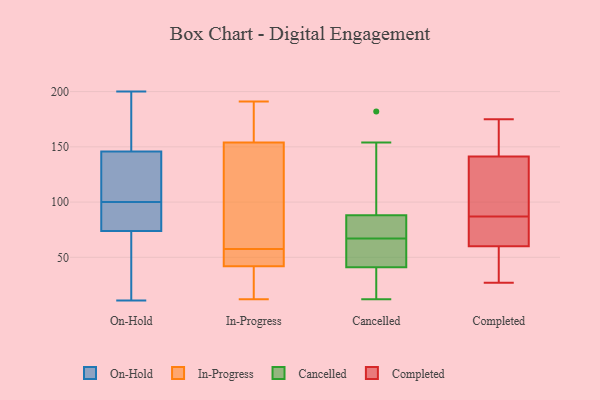
{"axis": {"x": "Humidity (%)", "y": "Value"}, "legend": ["Cancelled", "Completed", "In-Progress", "On-Hold"], "data": [{"x": "", "y": 78, "type": "On-Hold"}, {"x": "", "y": 61, "type": "On-Hold"}, {"x": "", "y": 142, "type": "On-Hold"}, {"x": "", "y": 11, "type": "On-Hold"}, {"x": "", "y": 126, "type": "On-Hold"}, {"x": "", "y": 139, "type": "On-Hold"}, {"x": "", "y": 195, "type": "On-Hold"}, {"x": "", "y": 27, "type": "On-Hold"}, {"x": "", "y": 92, "type": "On-Hold"}, {"x": "", "y": 157, "type": "On-Hold"}, {"x": "", "y": 14, "type": "On-Hold"}, {"x": "", "y": 176, "type": "On-Hold"}, {"x": "", "y": 82, "type": "On-Hold"}, {"x": "", "y": 100, "type": "On-Hold"}, {"x": "", "y": 87, "type": "On-Hold"}, {"x": "", "y": 200, "type": "On-Hold"}, {"x": "", "y": 108, "type": "On-Hold"}, {"x": "", "y": 53, "type": "In-Progress"}, {"x": "", "y": 62, "type": "In-Progress"}, {"x": "", "y": 154, "type": "In-Progress"}, {"x": "", "y": 91, "type": "In-Progress"}, {"x": "", "y": 12, "type": "In-Progress"}, {"x": "", "y": 45, "type": "In-Progress"}, {"x": "", "y": 30, "type": "In-Progress"}, {"x": "", "y": 191, "type": "In-Progress"}, {"x": "", "y": 29, "type": "In-Progress"}, {"x": "", "y": 42, "type": "In-Progress"}, {"x": "", "y": 185, "type": "In-Progress"}, {"x": "", "y": 50, "type": "In-Progress"}, {"x": "", "y": 113, "type": "In-Progress"}, {"x": "", "y": 165, "type": "In-Progress"}, {"x": "", "y": 41, "type": "Cancelled"}, {"x": "", "y": 182, "type": "Cancelled"}, {"x": "", "y": 88, "type": "Cancelled"}, {"x": "", "y": 24, "type": "Cancelled"}, {"x": "", "y": 38, "type": "Cancelled"}, {"x": "", "y": 64, "type": "Cancelled"}, {"x": "", "y": 75, "type": "Cancelled"}, {"x": "", "y": 71, "type": "Cancelled"}, {"x": "", "y": 153, "type": "Cancelled"}, {"x": "", "y": 154, "type": "Cancelled"}, {"x": "", "y": 65, "type": "Cancelled"}, {"x": "", "y": 69, "type": "Cancelled"}, {"x": "", "y": 65, "type": "Cancelled"}, {"x": "", "y": 12, "type": "Cancelled"}, {"x": "", "y": 137, "type": "Completed"}, {"x": "", "y": 40, "type": "Completed"}, {"x": "", "y": 154, "type": "Completed"}, {"x": "", "y": 175, "type": "Completed"}, {"x": "", "y": 87, "type": "Completed"}, {"x": "", "y": 73, "type": "Completed"}, {"x": "", "y": 27, "type": "Completed"}, {"x": "", "y": 130, "type": "Completed"}, {"x": "", "y": 68, "type": "Completed"}, {"x": "", "y": 70, "type": "Completed"}, {"x": "", "y": 30, "type": "Completed"}, {"x": "", "y": 105, "type": "Completed"}, {"x": "", "y": 64, "type": "Completed"}, {"x": "", "y": 102, "type": "Completed"}, {"x": "", "y": 48, "type": "Completed"}, {"x": "", "y": 157, "type": "Completed"}, {"x": "", "y": 166, "type": "Completed"}]}